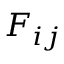
F _ { i j }